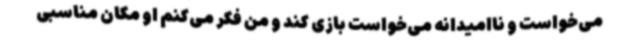
می‌خواست و ناامیدانه می‌خواست بازی کند و من فکر می‌کنم او مکان مناسبی